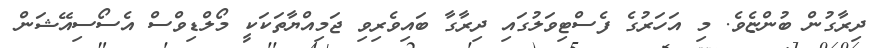
ދިރާގުން ބުންޏެވެ. މި އަހަރުގެ ފެސްޓިވަލުގައި ދިރާގާ ބައިވެރިވި ޖަމިއްޔާތަކަކީ މޯލްޑިވްސް އެސޯސިއޭޝަން